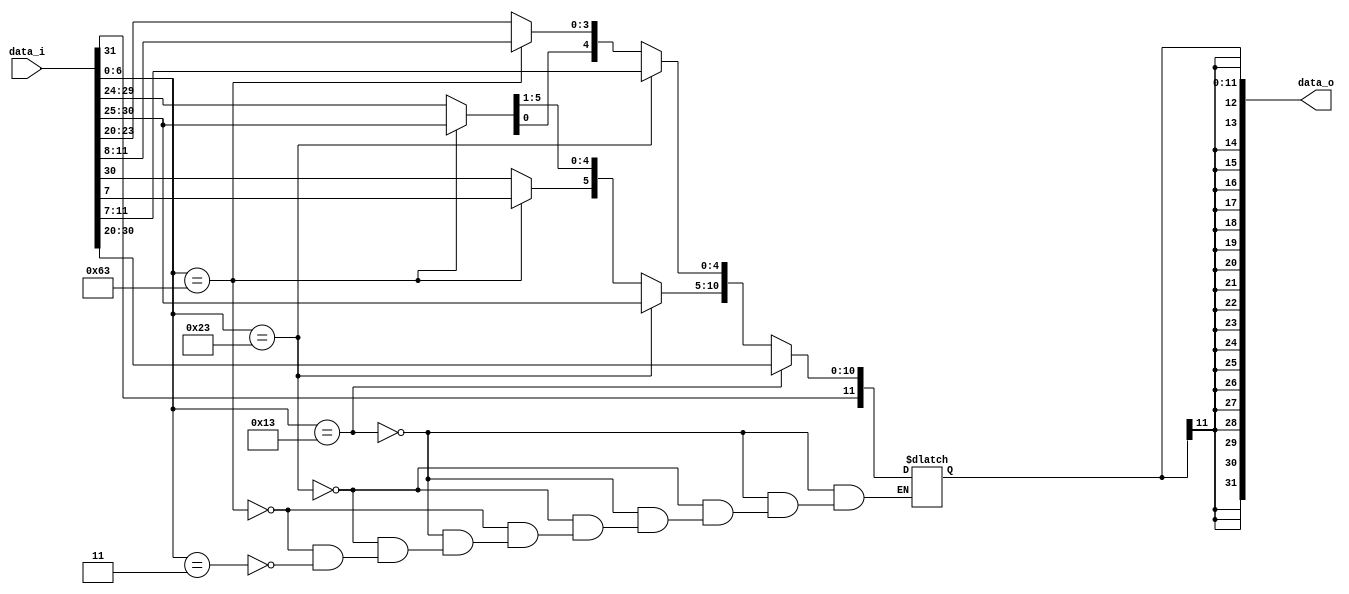
module Sign_Extend
(
    data_i,
    data_o
);

input	[31:0]	data_i;
output	[31:0]	data_o;
reg		[11:0]	temp;
always @(*) begin
	if(data_i[6:0] == 7'b0010011) begin//addi
        temp[11:0] = data_i[31:20]; 
    end
	else if(data_i[6:0] == 7'b0100011) begin
        temp[4:0] = data_i[11:7];
        temp[11:5] = data_i[31:25];
    end
    else if(data_i[6:0] == 7'b1100011) begin // beq
    	temp[3:0] = data_i[11:8];
    	temp[9:4] = data_i[30:25];
    	temp[10] = data_i[7];
    	temp[11] = data_i[31];
    end
    else if(data_i[6:0] == 7'b0000011) begin
        temp[11:0] = data_i[31:20]; 
    end
end

assign data_o = {{20{temp[11]}}, temp};

endmodule